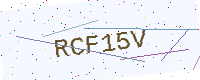
Text: RCF15V